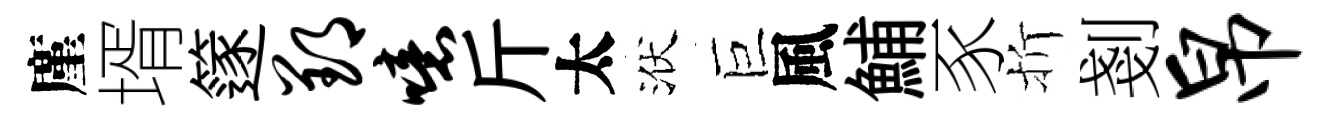
廑壻篴郢噫斤太洑巨風鯆豕折剗帛